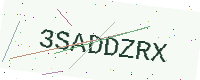
Text: 3SADDZRX